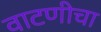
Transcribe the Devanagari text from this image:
वाटणीचा